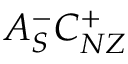
A _ { S } ^ { - } C _ { N Z } ^ { + }